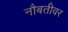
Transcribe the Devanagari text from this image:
नौबतीवर